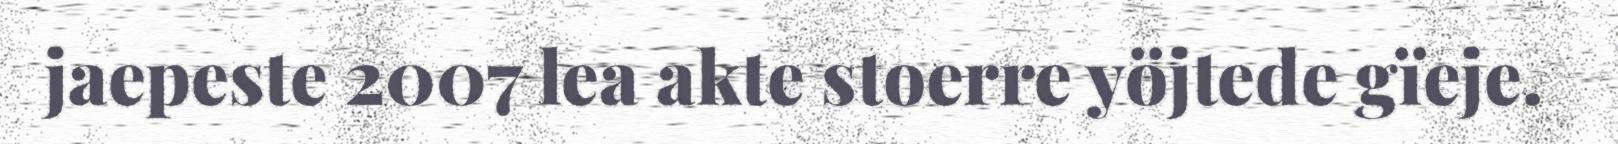
jaepeste 2007 lea akte stoerre yöjtede gïeje.